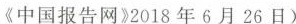
《中国报告网》2018年6月26日）